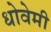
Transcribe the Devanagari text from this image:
धोवेमी